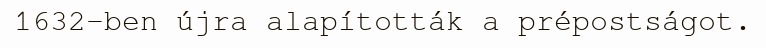
1632-ben újra alapították a prépostságot.